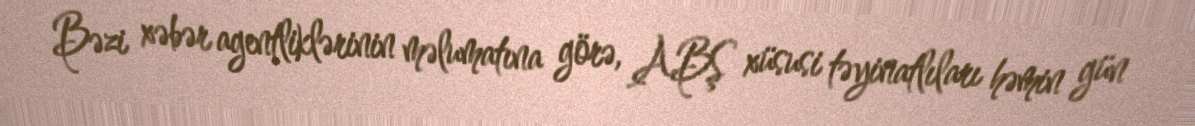
Bəzi xəbər agentliklərinin məlumatına görə, ABŞ xüsusi təyinatlıları həmin gün